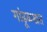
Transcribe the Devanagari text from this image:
गांढूळखत